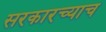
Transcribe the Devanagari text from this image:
सरकारच्याच